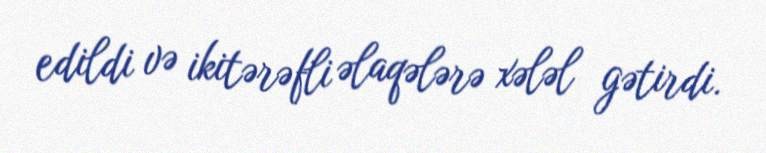
edildi və ikitərəfli əlaqələrə xələl gətirdi.